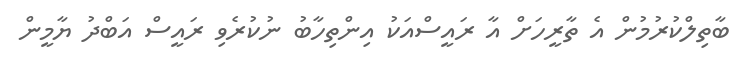
ބާތިލްކުރުމުން އެ ތާރީހަށް އާ ރައީސްއަކު އިންތިހާބު ނުކުރެވި ރައީސް އަބްދު ޔާމީން